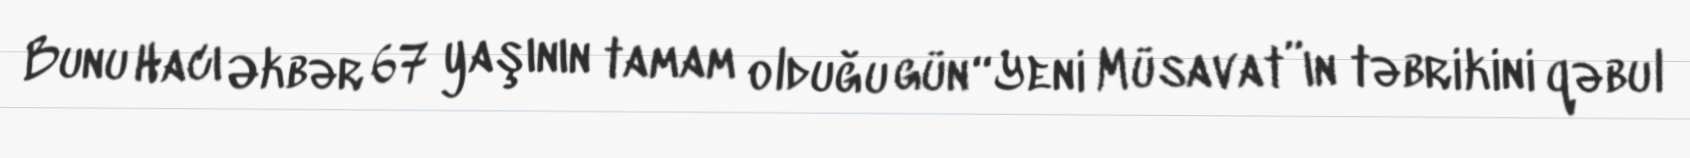
Bunu Hacı Əkbər 67 yaşının tamam olduğu gün “Yeni Müsavat”ın təbrikini qəbul